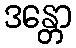
ဒန္တော